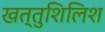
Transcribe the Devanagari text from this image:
खत्तुशिलिश